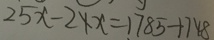
2 5 x - 2 \times x = 1 7 8 5 + 7 4 8